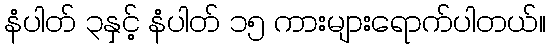
နံပါတ် ၃နှင့် နံပါတ် ၁၅ ကားများရောက်ပါတယ်။